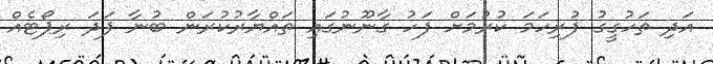
އަދި ތަހުގީގު ފުރިހަމަ ކުރުމަށް ފަހު ގާނޫނުގައި ތައްޔާރުކުރަން ބުނާ ފަދަ ރިޕޯޓެއް